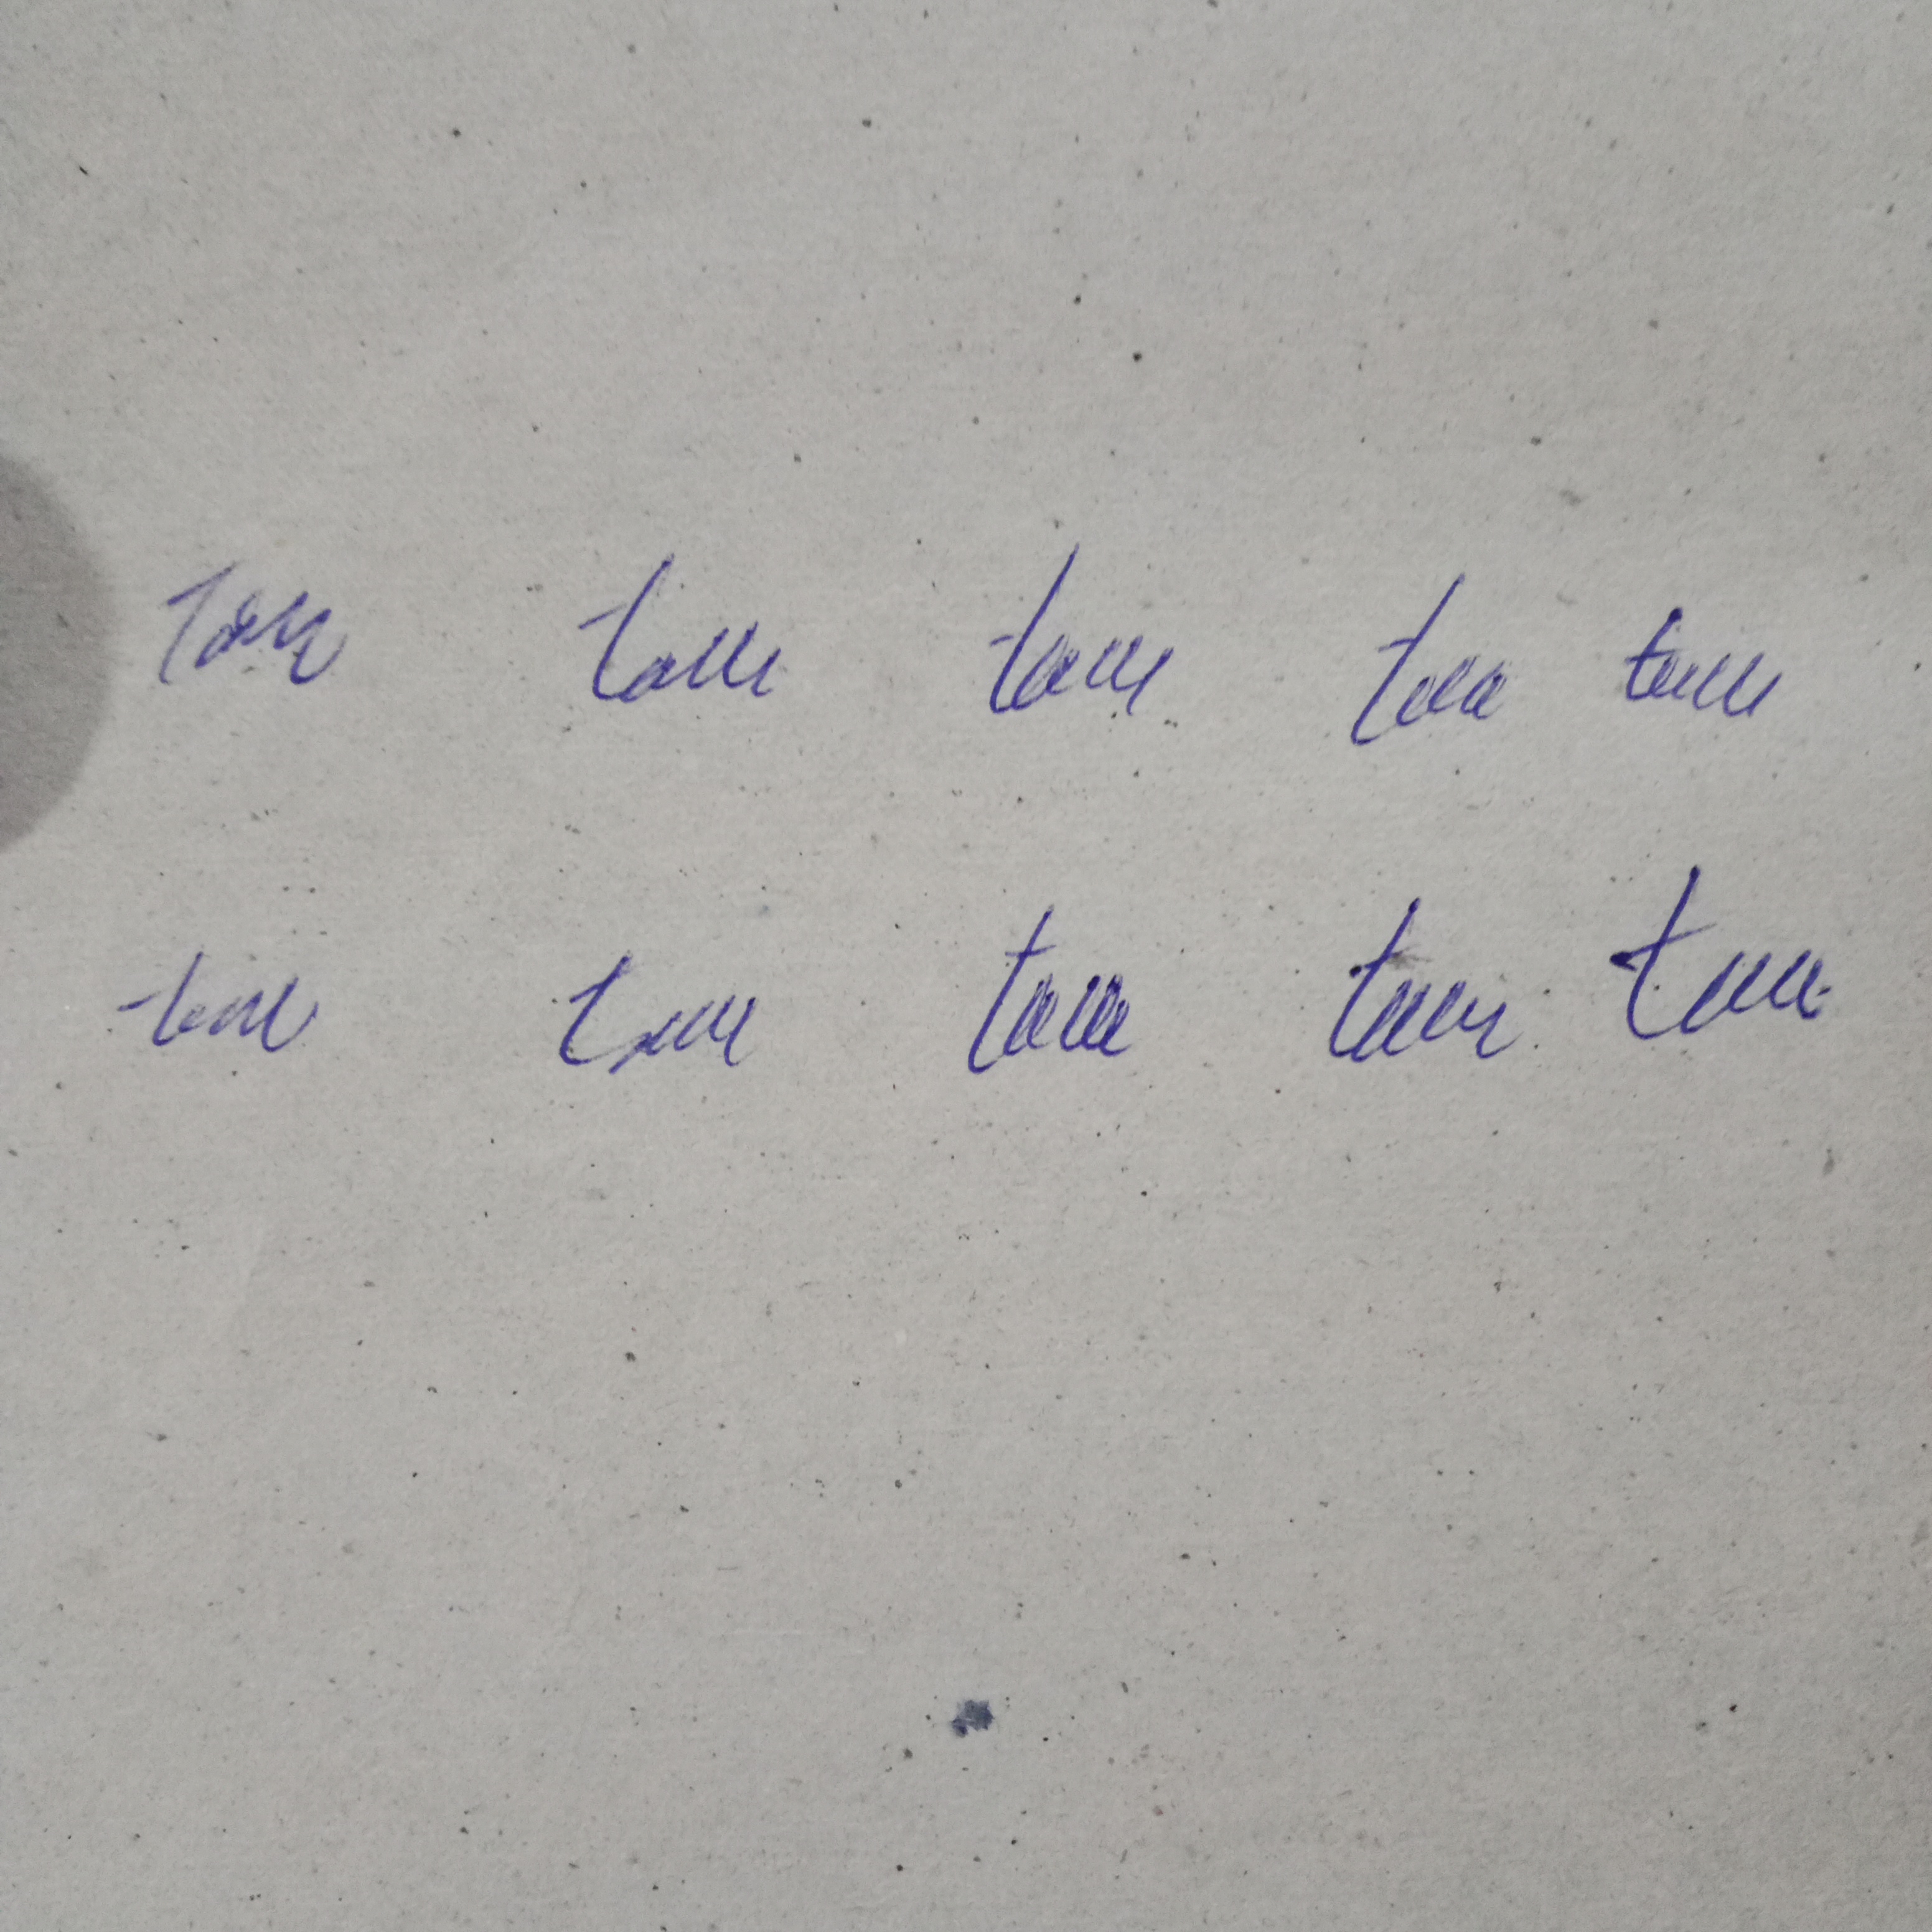
Signature authenticity: genuine